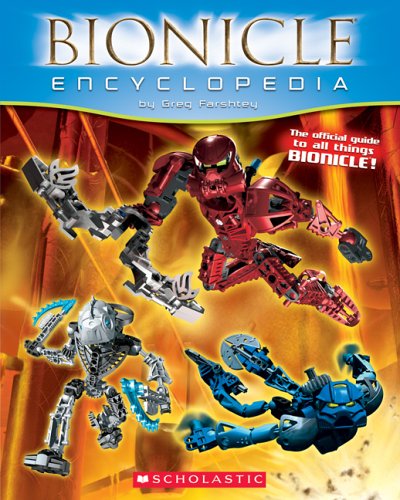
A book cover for Bionicle Encyclopedia 1st Edition; Greg Farshtey; Reference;